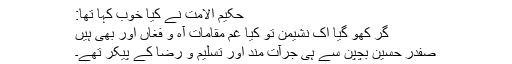
حکیم الامت نے کیا خوب کہا تھا:
گر کھو گیا اِک نشیمن تو کیا غم مقاماتِ آہ و فغاں اور بھی ہیں
صفدر حسین بچپن سے ہی جرآت مند اور تسلیم و رضا کے پیکر تھے۔